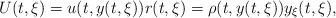
\begin{align*} U(t,\xi)=u(t,y(t,\xi)) r(t,\xi)=\rho(t,y(t,\xi))y_\xi(t,\xi), \end{align*}